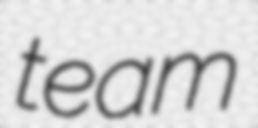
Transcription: team